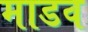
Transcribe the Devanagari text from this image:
माडव